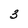
Character: 3